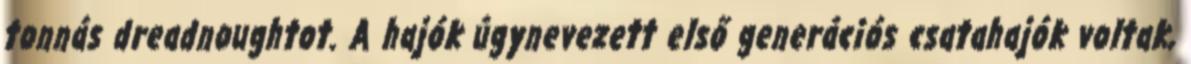
tonnás dreadnoughtot. A hajók úgynevezett első generációs csatahajók voltak,